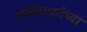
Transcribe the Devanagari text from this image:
धर्मसाधनेच्या